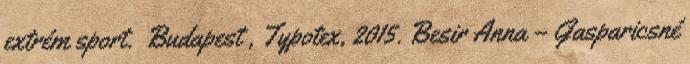
extrém sport. Budapest , Typotex, 2015. Besir Anna – Gasparicsné